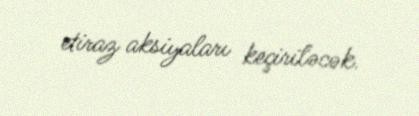
etiraz aksiyaları keçiriləcək.